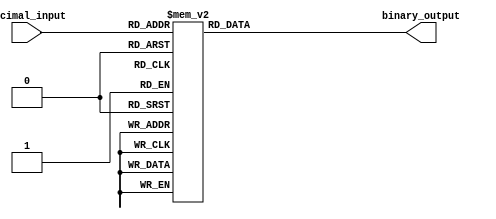
module decimal_to_binary_encoder (
    input [3:0] decimal_input,  // 4-bit decimal input
    output reg [3:0] binary_output  // 4-bit binary output
);

    always @(*) begin
        // Default output for invalid input.
        binary_output = 4'b0000;  // Default output when no valid input

        case (decimal_input)
            4'b0000: binary_output = 4'b0000; // 0
            4'b0001: binary_output = 4'b0001; // 1
            4'b0010: binary_output = 4'b0010; // 2
            4'b0011: binary_output = 4'b0011; // 3
            4'b0100: binary_output = 4'b0100; // 4
            4'b0101: binary_output = 4'b0101; // 5
            4'b0110: binary_output = 4'b0110; // 6
            4'b0111: binary_output = 4'b0111; // 7
            4'b1000: binary_output = 4'b1000; // 8
            4'b1001: binary_output = 4'b1001; // 9
            default: binary_output = 4'b0000; // Invalid input case
        endcase
    end

endmodule